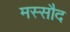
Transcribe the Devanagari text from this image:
मस्सौद